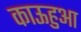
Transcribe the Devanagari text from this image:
काऊहुआ